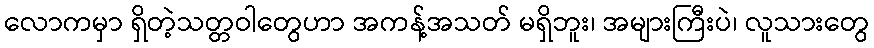
လောကမှာ ရှိတဲ့သတ္တဝါတွေဟာ အကန့်အသတ် မရှိဘူး၊ အများကြီးပဲ၊ လူသားတွေ